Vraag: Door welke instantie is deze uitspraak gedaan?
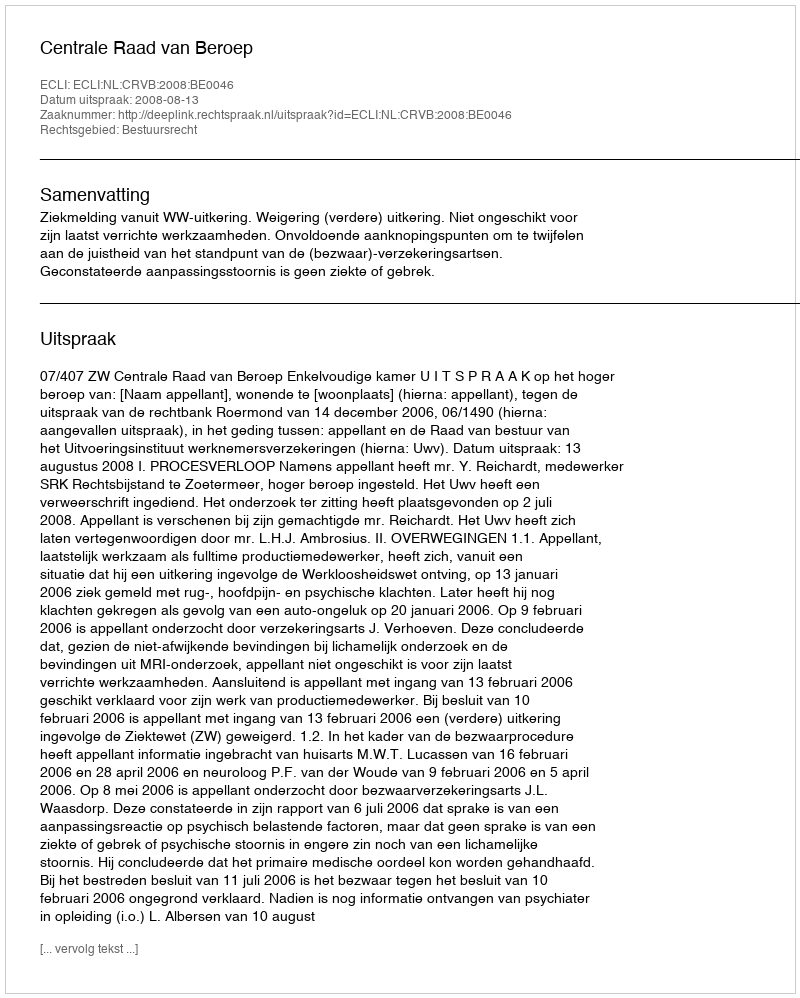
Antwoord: Centrale Raad van Beroep